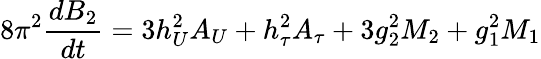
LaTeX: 8\pi^{2}\frac{dB_{2}}{dt}=3h_{U}^{2}A_{U}+h_{\tau}^{2}A_{\tau}+3g_{2}^{2}M_{2}+g_{1}^{2}M_{1}